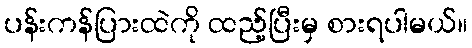
ပန်းကန်ပြားထဲကို ထည့်ပြီးမှ စားရပါမယ်။